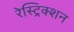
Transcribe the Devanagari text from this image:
रेस्ट्रिक्शन